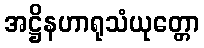
အဋ္ဌိနဟာရုသံယုတ္တော